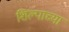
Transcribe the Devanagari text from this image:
शिल्पाच्या